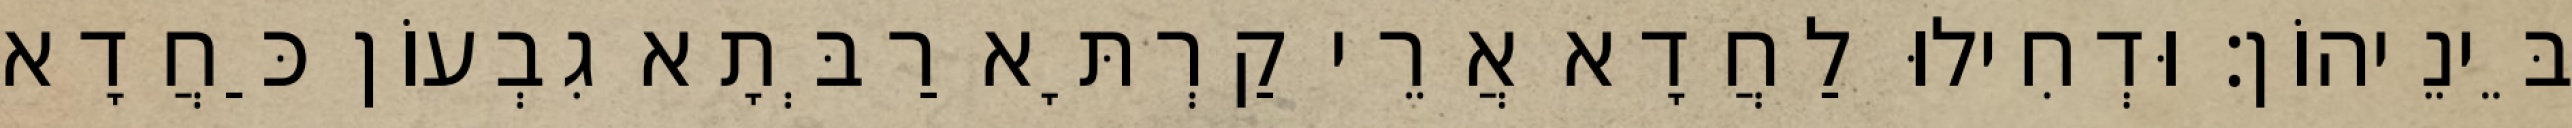
בֵּינֵיהוֹן׃ וּדְחִילוּ לַחֲדָא אֲרֵי קַרְתָּא רַבְּתָא גִבְעוֹן כַּחֲדָא